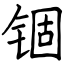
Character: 锢